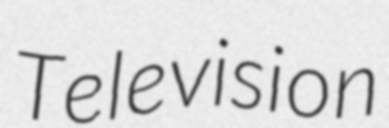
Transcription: Television